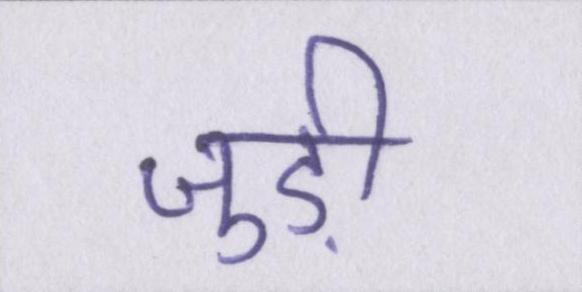
जुड़ी